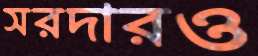
সরদারও